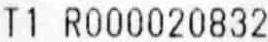
T1 R000020832